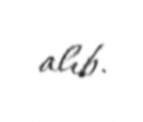
alıb.